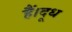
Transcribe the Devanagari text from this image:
हैं।दूध